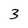
Character: 3